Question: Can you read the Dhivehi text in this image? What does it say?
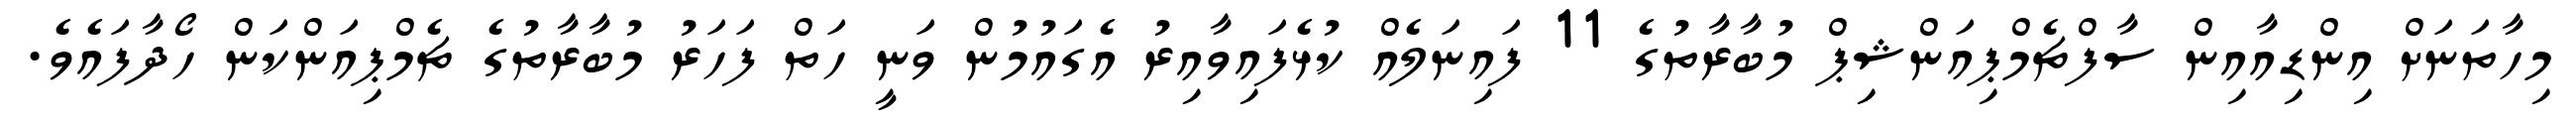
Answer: މިހާތަނަށް އިންޑިއާއިން ސާފްޗެމްޕިއަންޝިޕް މުބާރާތުގެ 11 ފައިނަލެއް ކުޅެފައިވާއިރު އެގައުމުން ވަނީ ހަތް ފަހަރު މުބާރާތުގެ ޗެމްޕިއަންކަން ހޯދާފައެވެ.